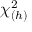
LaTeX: \chi _ { ( h ) } ^ { 2 }